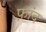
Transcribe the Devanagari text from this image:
फ़ांद